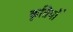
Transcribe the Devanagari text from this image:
कृतियॉं